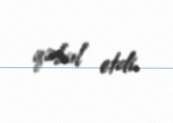
qəbul etdi.